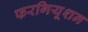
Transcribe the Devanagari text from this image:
फरगियूशन